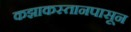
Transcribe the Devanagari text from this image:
कझाकस्तानपासून